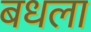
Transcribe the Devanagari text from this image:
बधला